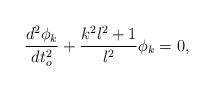
LaTeX: \begin{align*}\frac{d^2\phi_k}{dt_o^2}+\frac{k^2l^2+1}{l^2}\phi_k=0,\end{align*}